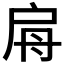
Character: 𢩀